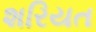
શરિયત